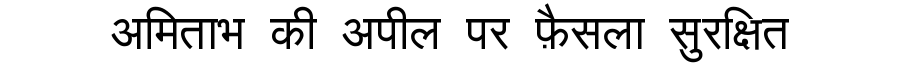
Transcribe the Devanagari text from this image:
अमिताभ की अपील पर फ़ैसला सुरक्षित